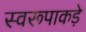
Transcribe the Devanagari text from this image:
स्वरूपाकड़े